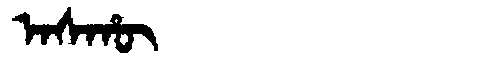
Manchu: ᠠᠰᡥᡡ
Romanization: ASHŪ